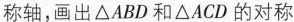
称轴，画出\triangle ABD和\triangle ACD的对称